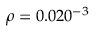
\rho = 0 . 0 2 0 \AA ^ { - 3 }